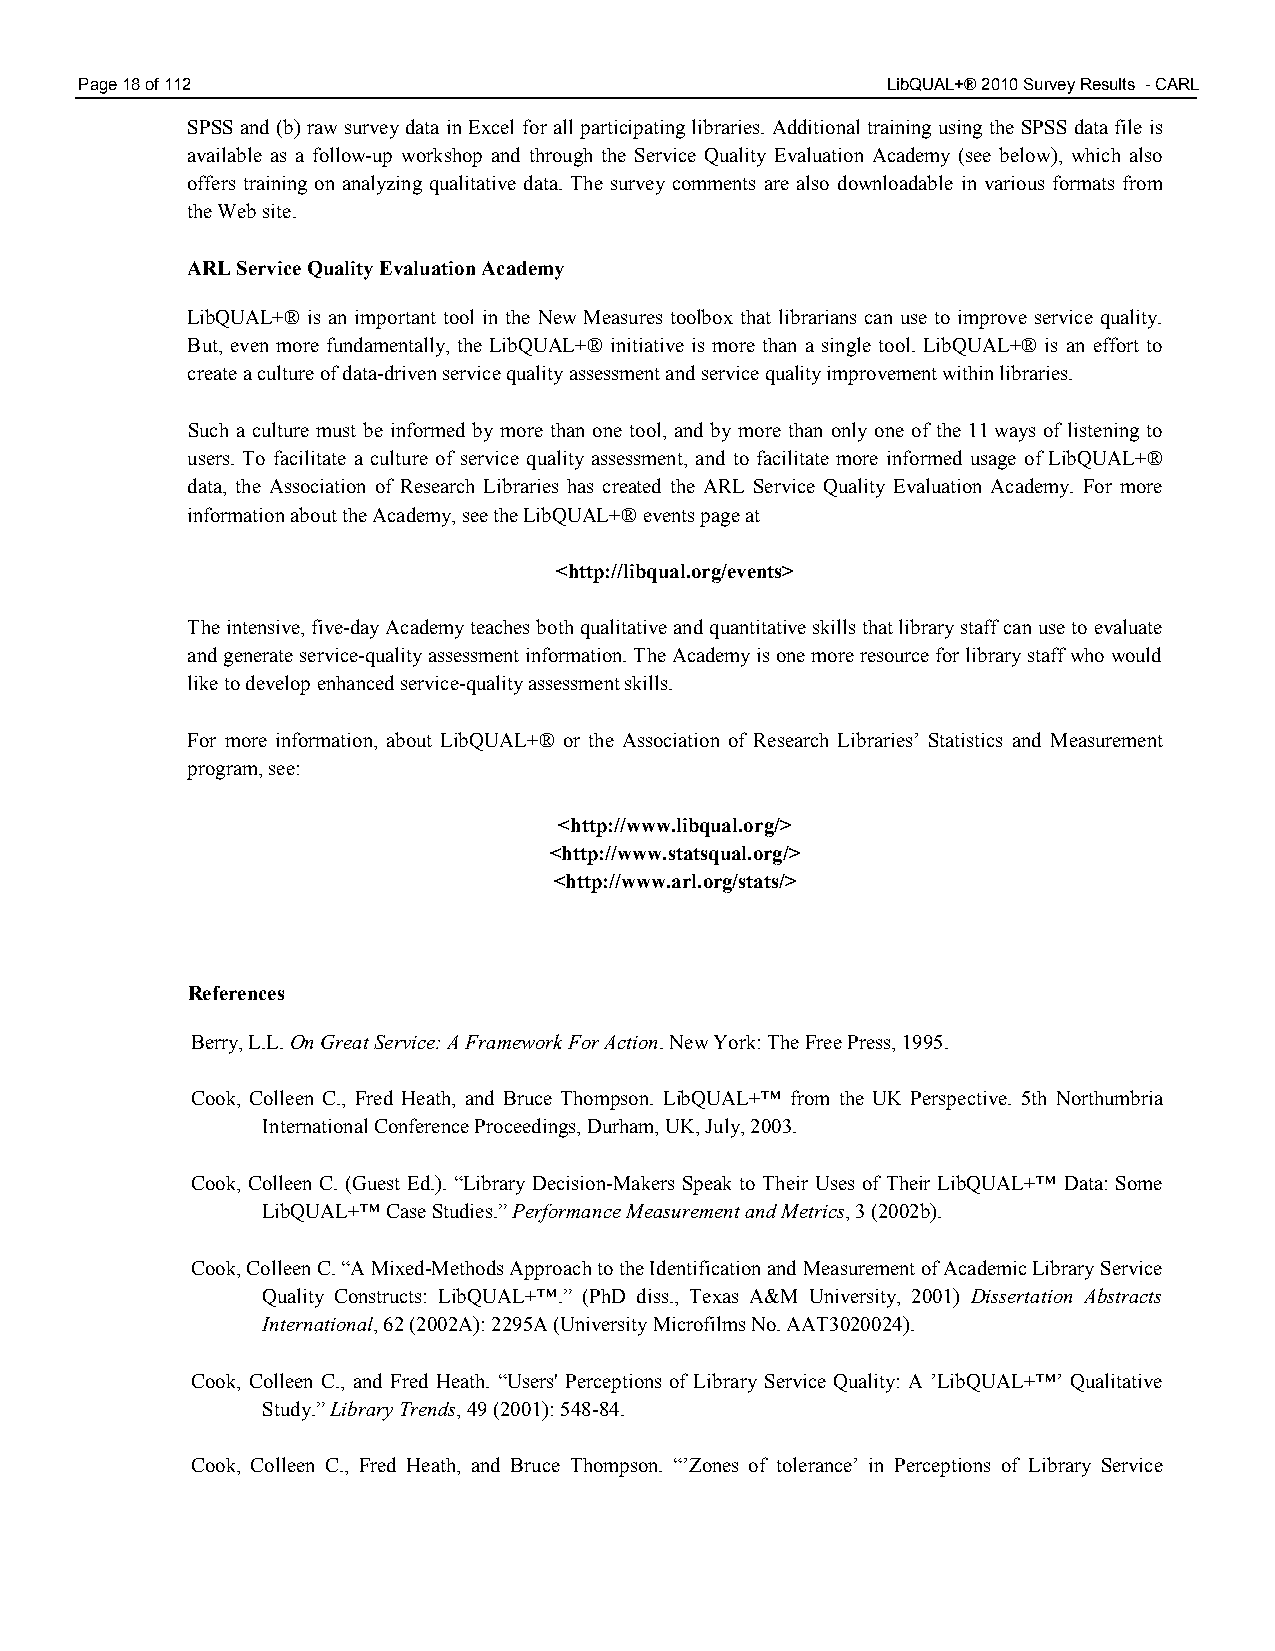
Page 18 of 112                                        LibQUAL+® 2010 Survey Results - CARL
 SPSS and (b) raw survey data in Excel for all participating libraries. Additional training using the SPSS data file is
 available as a follow-up workshop and through the Service Quality Evaluation Academy (see below), which also
 offers training on analyzing qualitative data. The survey comments are also downloadable in various formats from
 the Web site.
 ARL Service Quality Evaluation Academy
 LibQUAL+® is an important tool in the New Measures toolbox that librarians can use to improve service quality.
 But, even more fundamentally, the LibQUAL+® initiative is more than a single tool. LibQUAL+® is an effort to
 create a culture of data-driven service quality assessment and service quality improvement within libraries.
 Such a culture must be informed by more than one tool, and by more than only one of the 11 ways of listening to
 users. To facilitate a culture of service quality assessment, and to facilitate more informed usage of LibQUAL+®
 data, the Association of Research Libraries has created the ARL Service Quality Evaluation Academy. For more
 information about the Academy, see the LibQUAL+® events page at
 <http://libqual.org/events>
 The intensive, five-day Academy teaches both qualitative and quantitative skills that library staff can use to evaluate
 and generate service-quality assessment information. The Academy is one more resource for library staff who would
 like to develop enhanced service-quality assessment skills.
 For more information, about LibQUAL+® or the Association of Research Libraries’ Statistics and Measurement
 program, see:
 <http://www.libqual.org/>
 <http://www.statsqual.org/>
 <http://www.arl.org/stats/>
 References
 Berry, L.L. On Great Service: A Framework For Action. New York: The Free Press, 1995.
 Cook, Colleen C., Fred Heath, and Bruce Thompson. LibQUAL+™ from the UK Perspective. 5th Northumbria
 International Conference Proceedings, Durham, UK, July, 2003.
 Cook, Colleen C. (Guest Ed.). “Library Decision-Makers Speak to Their Uses of Their LibQUAL+™ Data: Some
 LibQUAL+™ Case Studies.” Performance Measurement and Metrics, 3 (2002b).
 Cook, Colleen C. “A Mixed-Methods Approach to the Identification and Measurement of Academic Library Service
 Quality Constructs: LibQUAL+™.” (PhD diss., Texas A&M University, 2001) Dissertation Abstracts
 International, 62 (2002A): 2295A (University Microfilms No. AAT3020024).
 Cook, Colleen C., and Fred Heath. “Users' Perceptions of Library Service Quality: A ’LibQUAL+™’ Qualitative
 Study.” Library Trends, 49 (2001): 548-84.
 Cook, Colleen C., Fred Heath, and Bruce Thompson. “’Zones of tolerance’ in Perceptions of Library Service